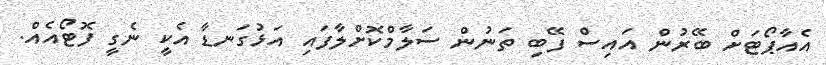
އެއާޕޯޓަށް ބޭރުން އައިސް ފޭބި ތަނުން ސަލާމްކޮށްލާފައި އަޅުގަނޑާ އެކީ ނެގީ ފޮޓޯއެއް.